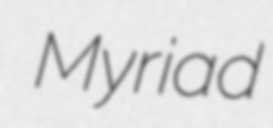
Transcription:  Myriad